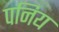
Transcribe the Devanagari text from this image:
पनिय